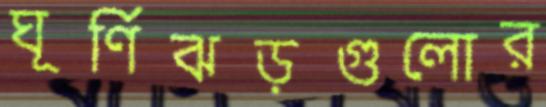
ঘূর্ণিঝড়গুলোর